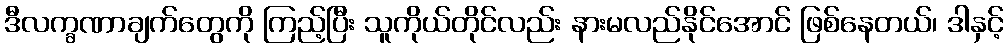
ဒီလက္ခဏာချက်တွေကို ကြည့်ပြီး သူကိုယ်တိုင်လည်း နားမလည်နိုင်အောင် ဖြစ်နေတယ်၊ ဒါနှင့်